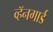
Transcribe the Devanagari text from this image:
व्हॅनगार्ड